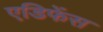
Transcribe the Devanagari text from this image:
एडिफेंस